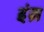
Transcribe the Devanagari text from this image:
इंग्र